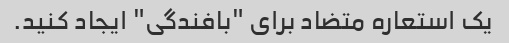
یک استعاره متضاد برای "بافندگی" ایجاد کنید.